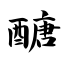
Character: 醣